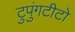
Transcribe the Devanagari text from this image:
टुपुंगटीटो